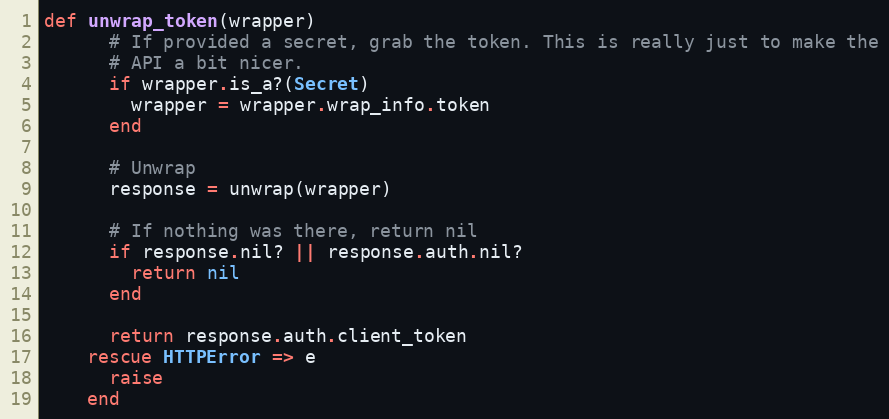
Language: Ruby
def unwrap_token(wrapper)
      # If provided a secret, grab the token. This is really just to make the
      # API a bit nicer.
      if wrapper.is_a?(Secret)
        wrapper = wrapper.wrap_info.token
      end

      # Unwrap
      response = unwrap(wrapper)

      # If nothing was there, return nil
      if response.nil? || response.auth.nil?
        return nil
      end

      return response.auth.client_token
    rescue HTTPError => e
      raise
    end